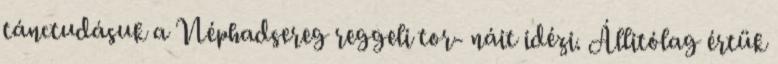
tánctudásuk a Néphadsereg reggeli tor- náit idézi. Állitólag értük